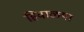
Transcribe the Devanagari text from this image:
हिवाळया